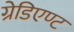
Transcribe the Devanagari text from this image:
ग्रेडिएण्ट